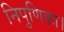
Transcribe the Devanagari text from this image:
निपुणिका।